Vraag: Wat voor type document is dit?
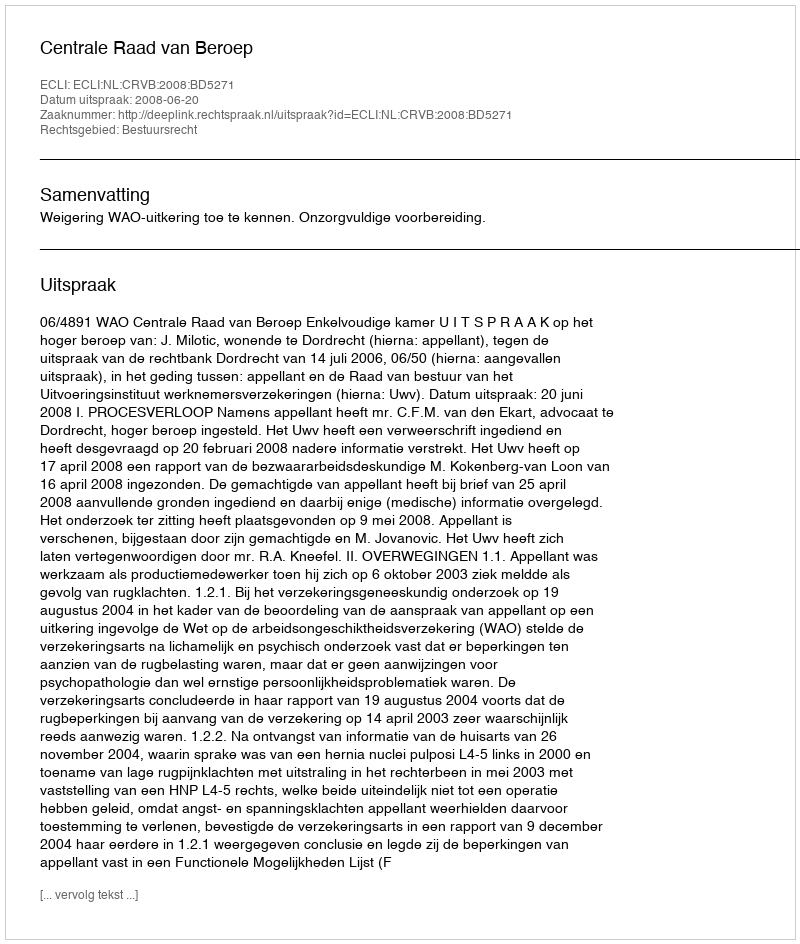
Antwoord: Uitspraak